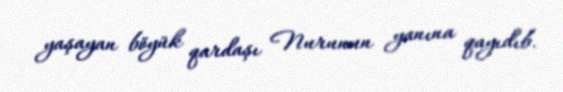
yaşayan böyük qardaşı Nurunun yanına qayıdıb.